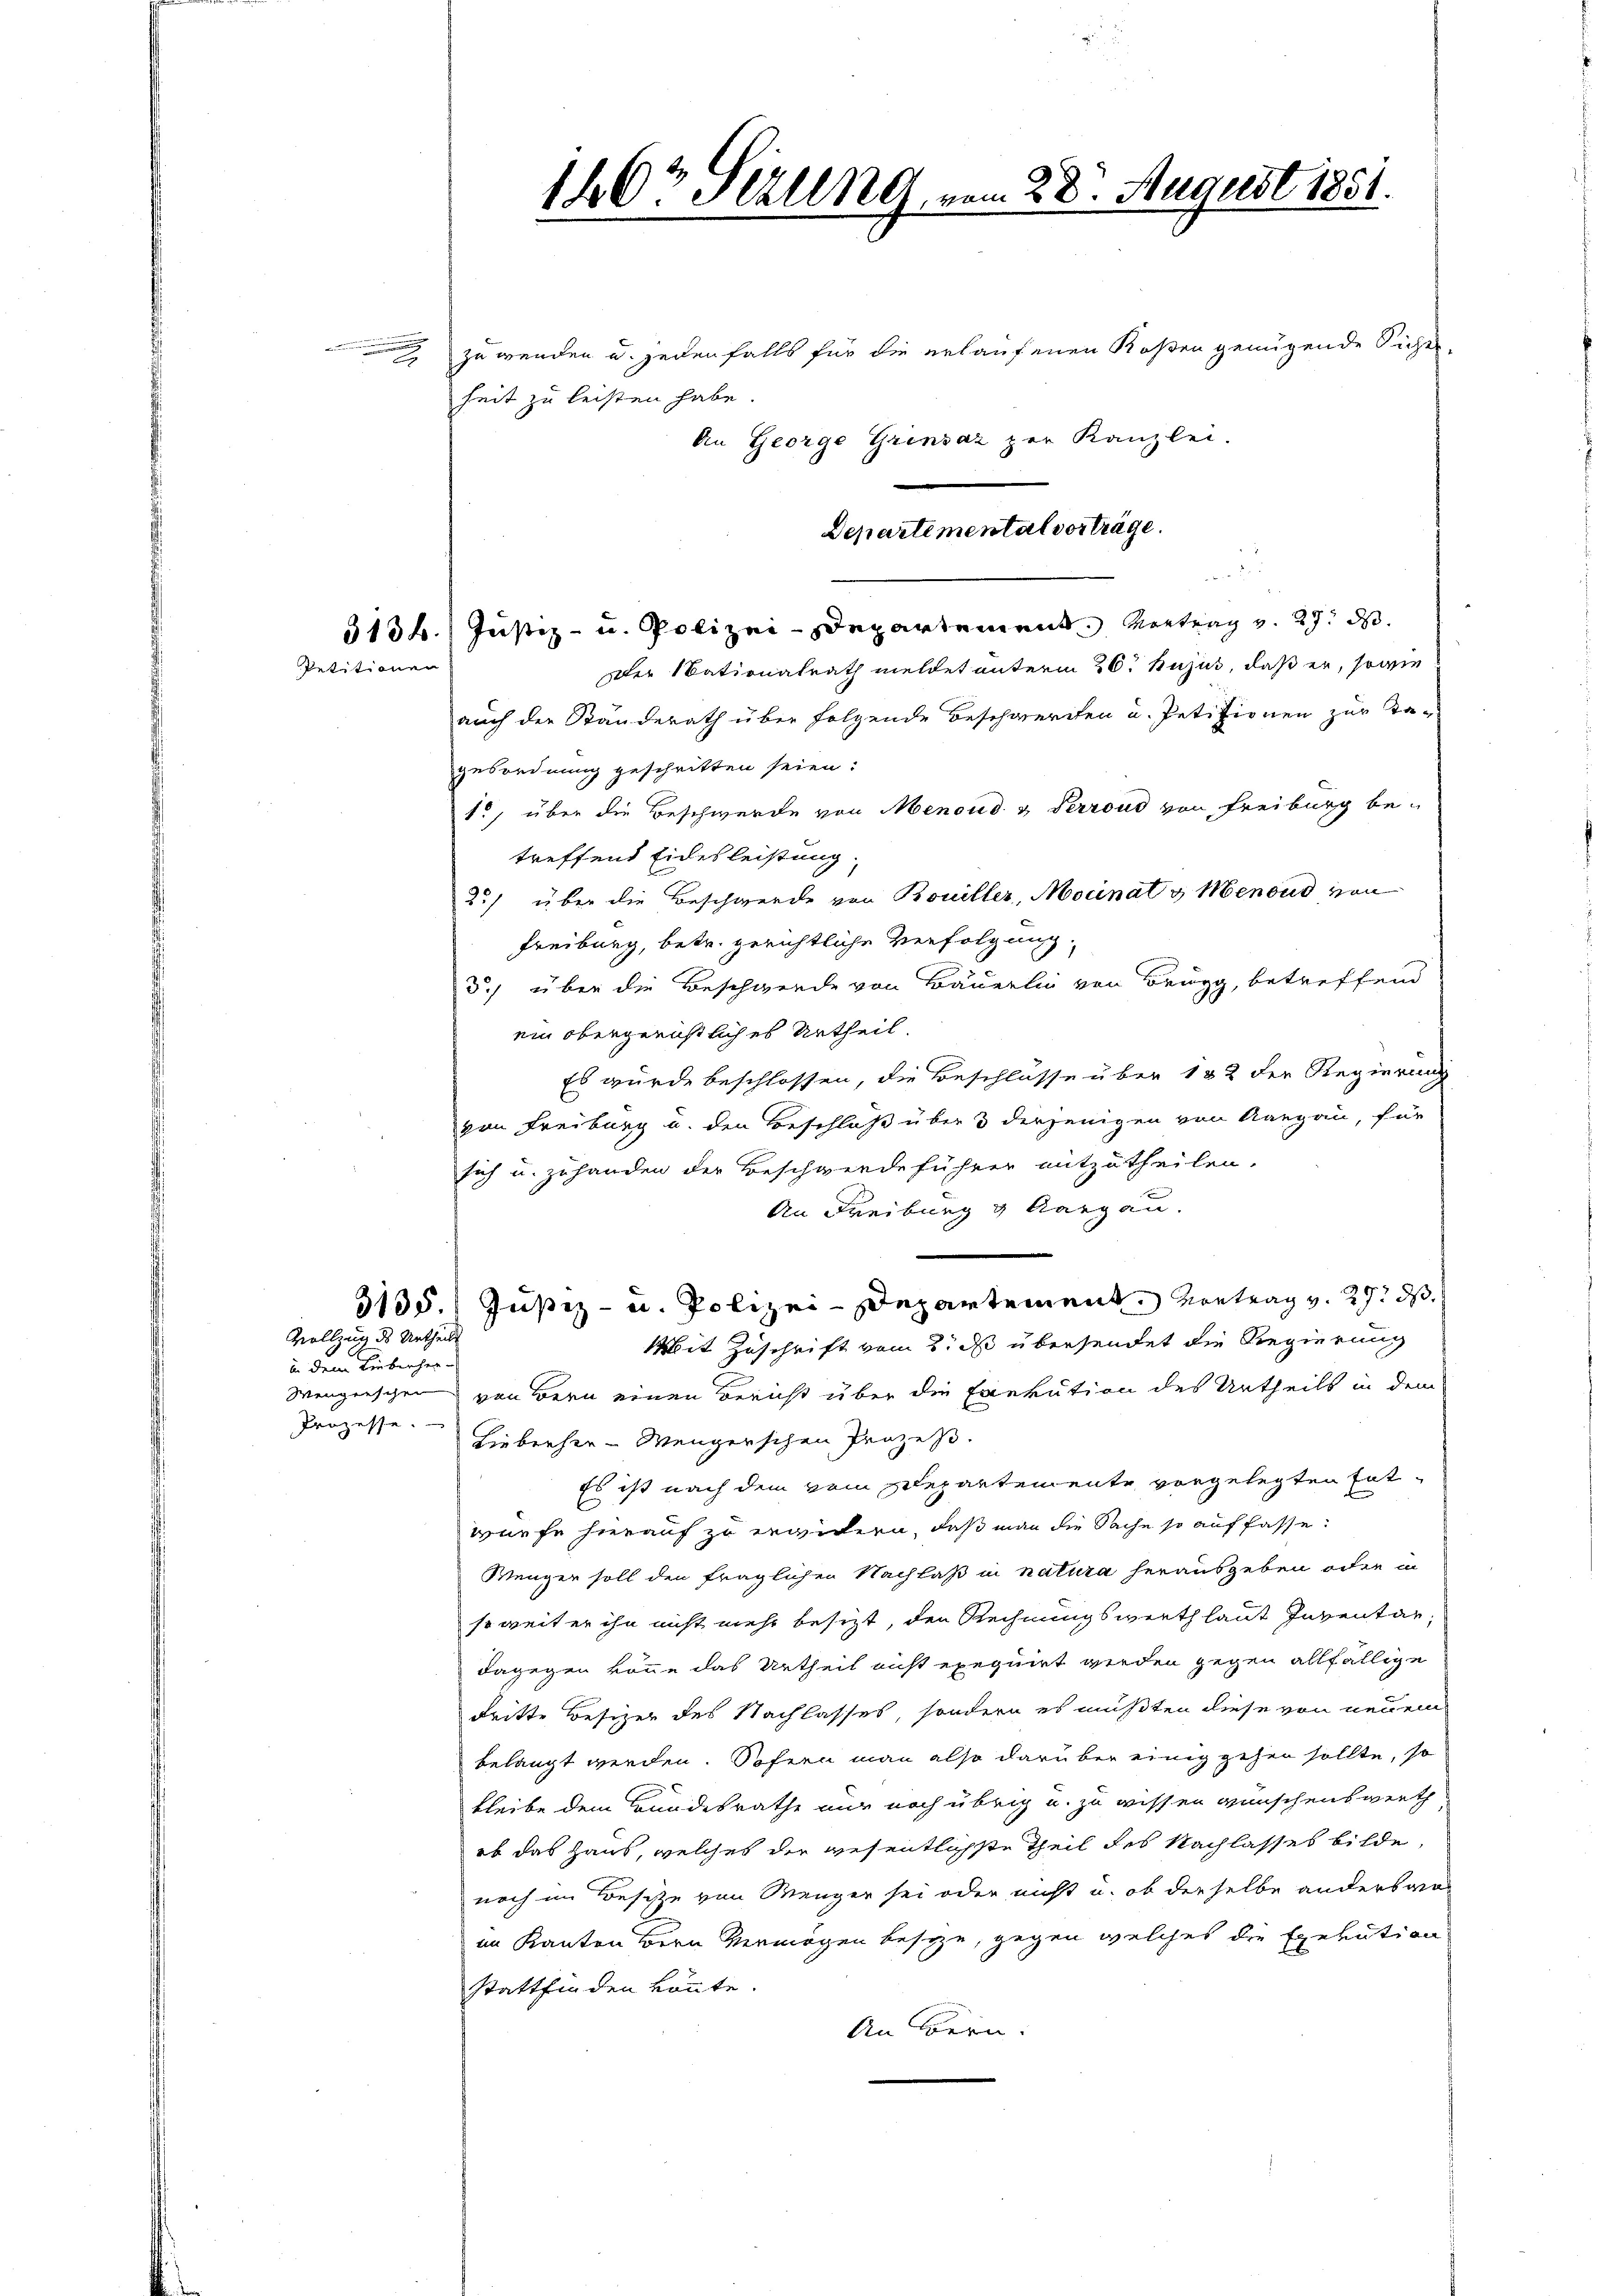
h

Petitionen

zu wenden u. jedenfalls für die erlaufenen Kosten genügende Sicher-
heit zu leisten habe.
An George Grinsaz zur Kanzlei.
513. Justiz- u. Polizei-Departement. Vertrag v. 27. ds.
Der Nationalrath meldet unterm 26. hujus, daß er, sowie
auch der Ständerath über folgende Beschwerden u. Petitionen zur Tagesordnung geschritten seien:
1., über die Beschwerde von Menoud u. Perroud von Freiburg betreffend Eidesleistung.
25) über die Beschwerde von Bouiller, Monat v. Menoud von
Freiburg, betr. gerichtliche Verfolgung
d.) über die Beschwerde von Bäuerlin von Brugg, betreffend
ein obergerichtlich es Urtheil.
Es wurde beschlossen, die Beschlüsse über 182 der Regierung
von Freiburg u. den Beschluß über 3 derjenigen von Aargau, für
sich u. zuhanden der Beschwerde führer mitzutheilen.
An Freiburg v. Aargau.
3135. Justiz- u. Polizei-Departement. Vortrag v. 29. ds.
Mit Zuschrift vom 2. d übersendet die Regierung
Wengerschen von Bern einen Bericht über die Exekution des Urtheils in dem
Lieberher-Wengerschen Prozess.
Es ist nach dem vom Separtemente vorgelegten Entwürfe hierauf zu erwidern, daß man die Sache so auffasse:
Wenger soll den fraglichen Nachlaß in natura herausgeben oder in
soweiter ihn nicht mehr besizt, den Rechnungswerth laut Inventar,
dagegen könne das Urtheil nicht exequirt werden gegen allfällige
dritte Besizer des Nachlasses, sondern es mußten diese von neuem
belangt werden. Sofern man also darüber einig gehen sollte, so
bleibe dem Bundesrathe nur noch übrig u. zu wissen wünschenswerth
ob das Haus, welches die wesentlichste Theil des Nachlasses bilde,
noch im Besitze von Menger sei oder nicht u. ob derselbe anderswo
im Kanton Bern Vermögen besize, gegen welches die Exekution
stattfinden könnte.
An Bern.

Vollzug des Urtheils
in dem Lieberher-
Prozesse.

140 Sezung vom 28. August 1851.

Departemental vorträge.